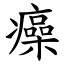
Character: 㿋